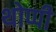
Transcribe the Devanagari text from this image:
थोप्पी